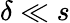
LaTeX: \delta\ll s